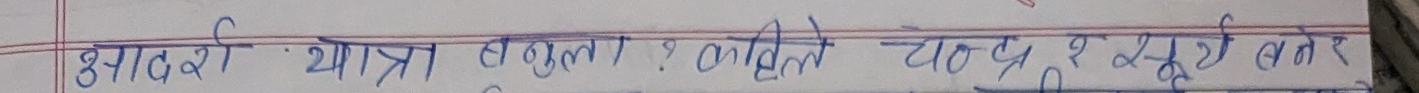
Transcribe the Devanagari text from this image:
झादर्वी यात्रा बकूला १ कतिले चोदा २ दुई बबर